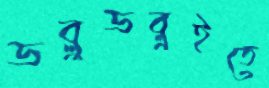
ডব্লুডব্লুইতে